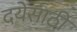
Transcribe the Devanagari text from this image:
दयेसाठी